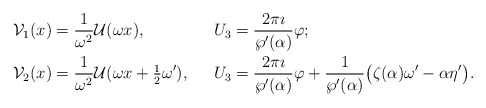
\begin{align*} &\mathcal{V}_1(x) = \frac{1}{\omega^2} \mathcal{U}(\omega x),& & U_3 = \frac{2\pi \imath}{\wp'(\alpha)}\varphi; &\\ &\mathcal{V}_2(x) = \frac{1}{\omega^2} \mathcal{U}(\omega x+\tfrac{1}{2}\omega'),& & U_3 = \frac{2\pi \imath}{\wp'(\alpha)} \varphi + \frac{1}{\wp'(\alpha)} \big(\zeta(\alpha) \omega' - \alpha \eta'\big). &\end{align*}